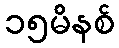
၁၅မိနစ်